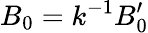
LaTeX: B_{0}=k^{-1}B_{0}^{\prime}